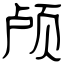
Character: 颅